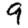
Digit: 9